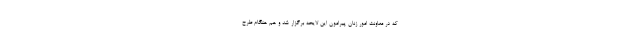
که در معاونت امور زنان پیرامون این لایحه برگزار شد و هم هنگام طرح